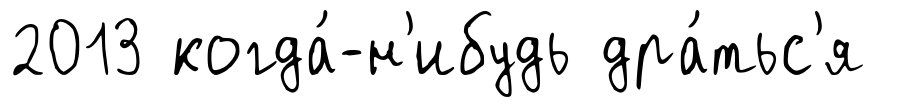
2013 когда́-н'ибудь дра́тьс'я